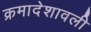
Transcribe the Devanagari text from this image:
क्रमादेशावली